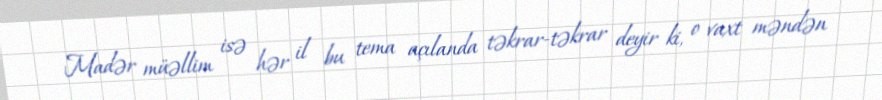
Madər müəllim isə hər il bu tema açılanda təkrar-təkrar deyir ki, o vaxt məndən